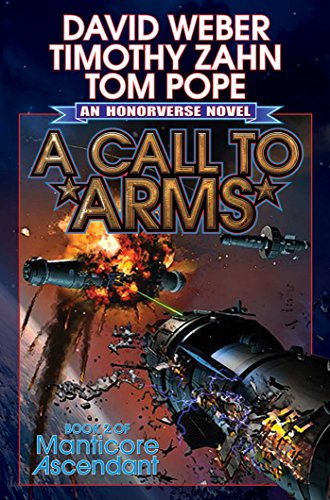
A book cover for A Call to Arms (Manticore Ascendant); David Weber; Science Fiction & Fantasy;